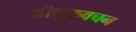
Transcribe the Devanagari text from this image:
श्रीगुरुवचन